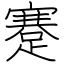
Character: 蹇